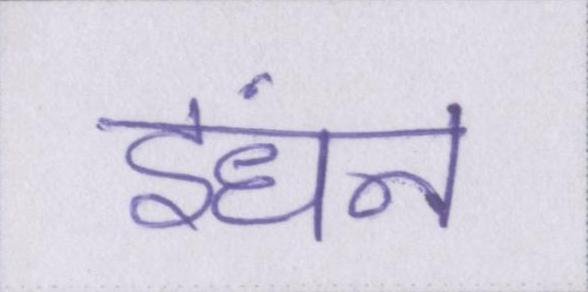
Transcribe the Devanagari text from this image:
इंधन